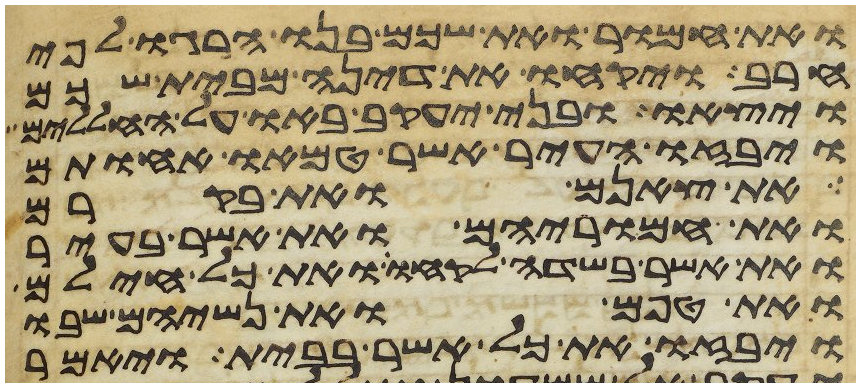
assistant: ואת חמור ואת שכם בנו הרגו לפי
חרב ויקחו את דינה מבית שכם
ויצאו ובני יעקב באו על החללים
ויבזו העיר אשר טמאו אחותם
את צאנם ואת בקרם
ואת חמריהם ואת אשר בעיר
ואת אשר בשדה לקחו ואת כל חילם
ואת טפם ואת נשיהם שבו
ויבזו את כל אשר בבית ויאמר